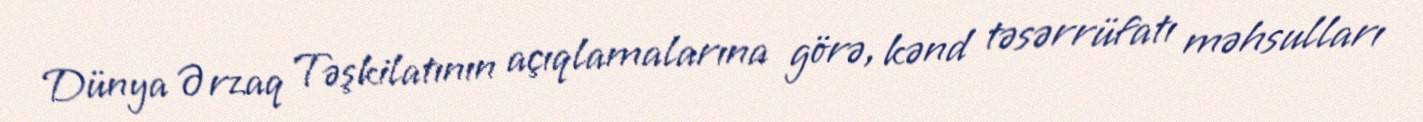
Dünya Ərzaq Təşkilatının açıqlamalarına görə, kənd təsərrüfatı məhsulları